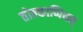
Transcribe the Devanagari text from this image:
तोल्काप्पियम्